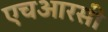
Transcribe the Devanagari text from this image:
एचआरसी